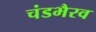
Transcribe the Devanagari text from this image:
चंडभैरव